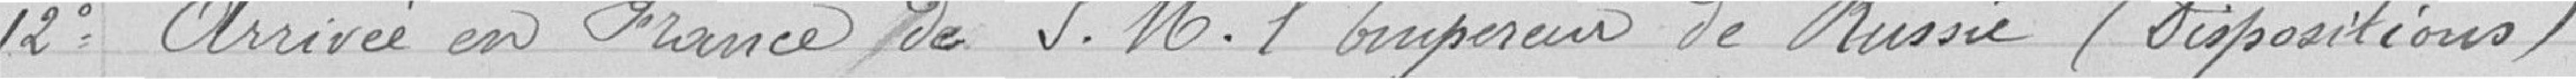
12° Arrivée en France de S.M l'Empereur de Russie (dispositions)